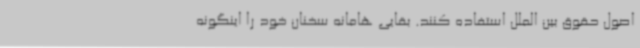
اصول حقوق بین الملل استفاده کنند. بقایی هامانه سخنان خود را اینگونه